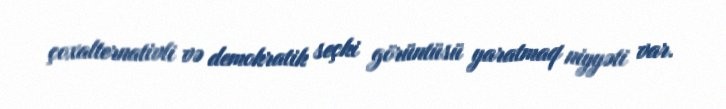
çoxalternativli və demokratik seçki görüntüsü yaratmaq niyyəti var.